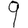
Digit: 9